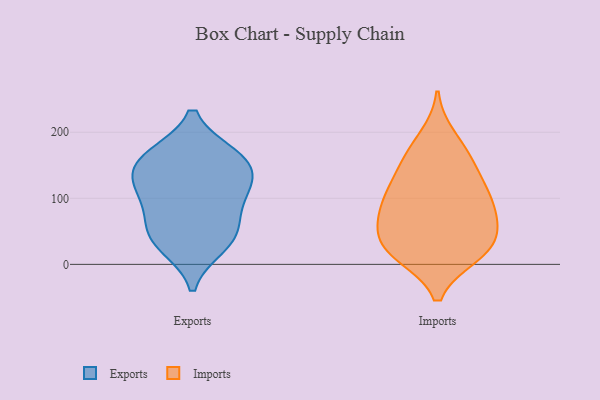
{"axis": {"x": "Shipments", "y": "Value"}, "legend": ["Exports", "Imports"], "data": [{"x": "", "y": 158, "type": "Exports"}, {"x": "", "y": 111, "type": "Exports"}, {"x": "", "y": 161, "type": "Exports"}, {"x": "", "y": 131, "type": "Exports"}, {"x": "", "y": 29, "type": "Exports"}, {"x": "", "y": 42, "type": "Exports"}, {"x": "", "y": 80, "type": "Exports"}, {"x": "", "y": 116, "type": "Exports"}, {"x": "", "y": 47, "type": "Exports"}, {"x": "", "y": 164, "type": "Exports"}, {"x": "", "y": 55, "type": "Imports"}, {"x": "", "y": 148, "type": "Imports"}, {"x": "", "y": 116, "type": "Imports"}, {"x": "", "y": 105, "type": "Imports"}, {"x": "", "y": 15, "type": "Imports"}, {"x": "", "y": 150, "type": "Imports"}, {"x": "", "y": 74, "type": "Imports"}, {"x": "", "y": 73, "type": "Imports"}, {"x": "", "y": 35, "type": "Imports"}, {"x": "", "y": 14, "type": "Imports"}, {"x": "", "y": 53, "type": "Imports"}, {"x": "", "y": 193, "type": "Imports"}, {"x": "", "y": 92, "type": "Imports"}, {"x": "", "y": 17, "type": "Imports"}, {"x": "", "y": 106, "type": "Imports"}, {"x": "", "y": 23, "type": "Imports"}, {"x": "", "y": 170, "type": "Imports"}]}